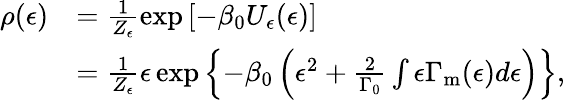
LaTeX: \begin{array}{rl}{\rho(\epsilon)}&{=\frac{1}{Z_{\epsilon}}\exp\left[-\beta_{0}U_{\epsilon}(\epsilon)\right]}\\ &{=\frac{1}{Z_{\epsilon}}\epsilon\exp\left\{ -\beta_{0}\left(\epsilon^{2}+\frac{2}{\Gamma_{0}}\int\epsilon\Gamma_{\mathrm{m}}(\epsilon)d\epsilon\right)\right\} \mathrm{,}}\end{array}